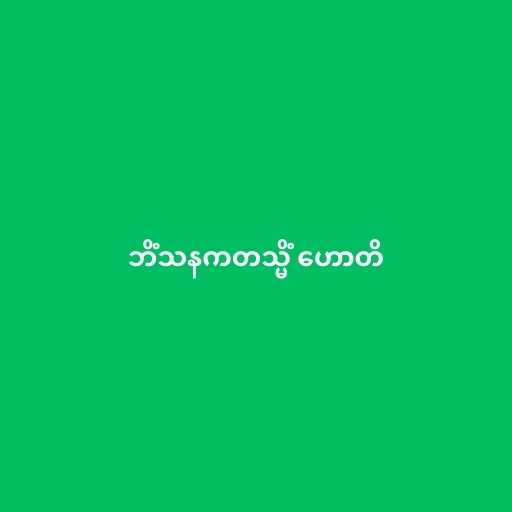
ဘိံသနကတသ္မိံ ဟောတိ